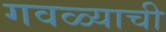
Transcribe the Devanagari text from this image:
गवळ्याची